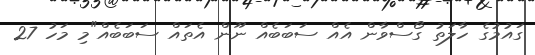
ގައުމުގެ ހާލަތު ގޯސްވާން އެއް ސަބަބެއް ނޫން އެތައް ސަބަބެއް"މި މަހު 27